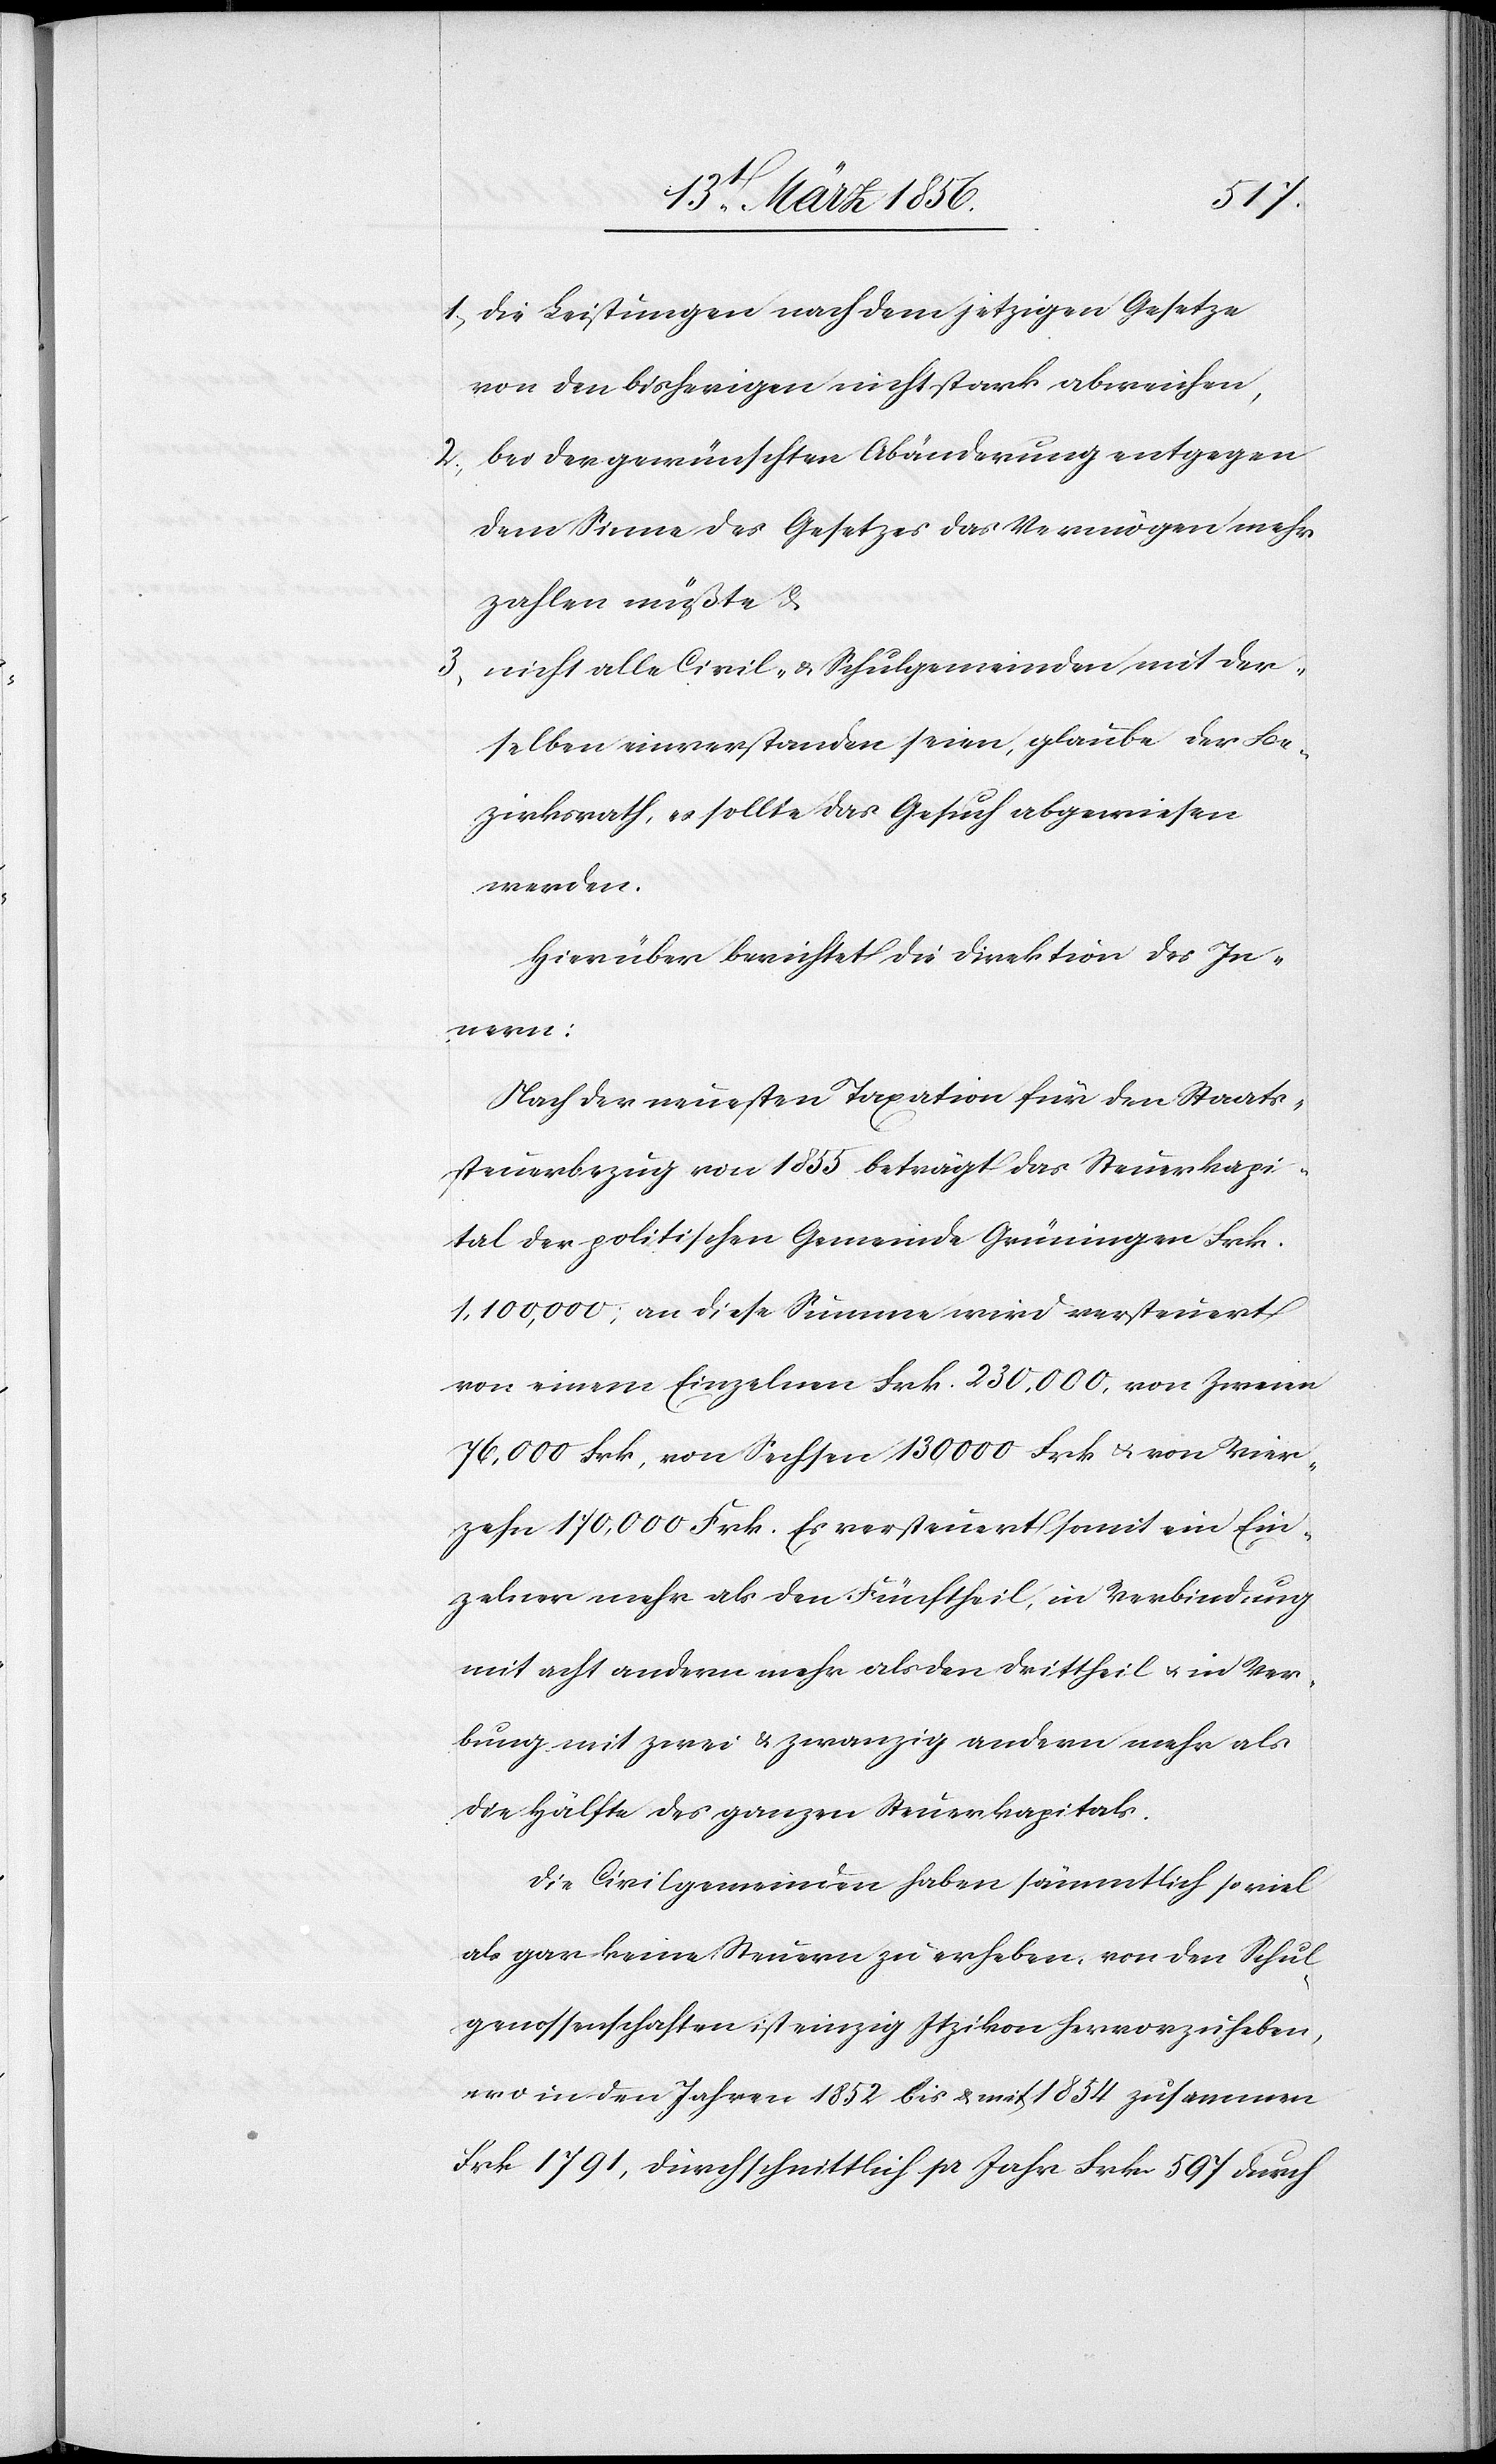
1., die Leistungen nach dem jetzigen Gesetze
von den bisherigen nicht stark abweichen,
2., bei der gewünschten Abänderung entgegen
dem Sinne des Gesetzes das Vermögen mehr
zahlen müßte &
3., nicht alle Civil- & Schulgemeinden mit der¬
selben einverstanden seien, glaube der Be¬
zirksrath, es sollte das Gesuch abgewiesen
werden.
Hierüber berichtet die Direktion des In¬
Verbind¬
Nach der neuesten Taxation für den Staats¬
steuerbezug von 1855 beträgt das Steuerkapi¬
tal der politischen Gemeinde Grüningen Frk.
1,100,000; an diese Summe wird versteuert
von einem Einzelnen Frk. 230,000, von Zweien
76,000 Frk, von Sechsen 130000 Frk u. von Vier¬
zehn 170,000 Frk. Es versteuert somit ein Ein¬
zelner mehr als den Fünftheil, in Verbindung
mit acht andern mehr als den Drittheil u. in Verbung
ung] mit zwei & zwanzig andern mehr als
die Hälfte des ganzen Steuerkapitals.
Die Civilgemeinden haben sämmtlich soviel
als gar keine Steuern zu erheben, von den Schul¬
genossenschaften ist einzig Itzikon hervorzuheben,
wo in den Jahren 1852 bis & mit 1854 zusammen
Frk 1791, durchschnittlich pr Jahr Frk. 597 durch